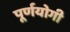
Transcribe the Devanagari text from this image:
पूर्णयोगी